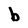
Character: b